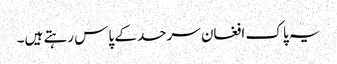
یہ پاک افغان سرحد کے پاس رہتے ہیں۔